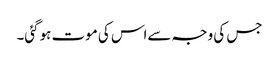
جس کی وجہ سےاس کی موت ہوگئی۔